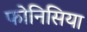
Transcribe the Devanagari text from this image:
फोनिसिया